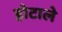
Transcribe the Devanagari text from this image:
होटाले